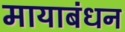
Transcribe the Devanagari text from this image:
मायाबंधन